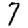
Digit: 7